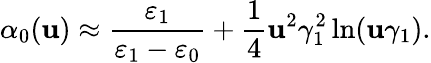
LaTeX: \alpha_{0}(\mathbf{u})\approx\frac{{\varepsilon_{1}}}{{\varepsilon_{1}-\varepsilon_{0}}}+\frac{{1}}{{4}}\mathbf{u}^{2}\gamma_{1}^{2}\ln(\mathbf{u}\gamma_{1}).